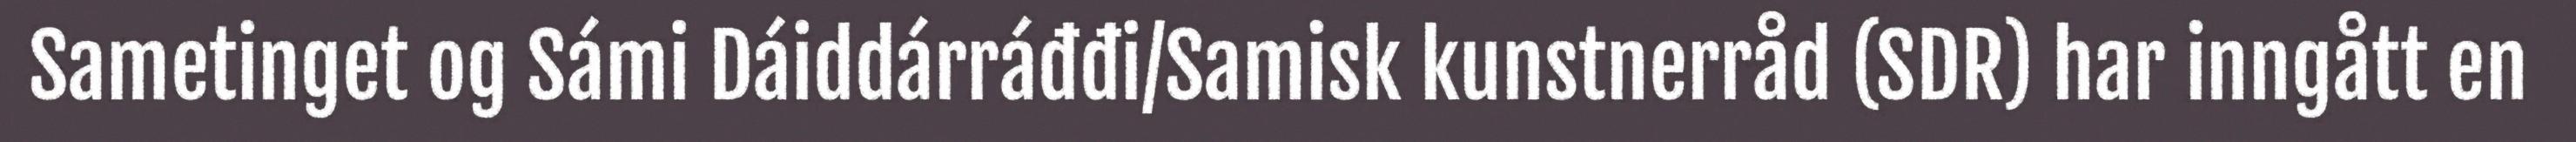
Sametinget og Sámi Dáiddárráđđi/Samisk kunstnerråd (SDR) har inngått en